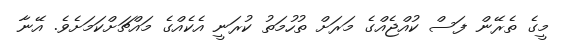
މީގެ ތެރޭން ފަސް ކުއްޖެއްގެ މަރަށް ތުހުމަތު ކުރަނީ އެކެއްގެ މައްޗަށްކަމަށެވެ. އޭނާ